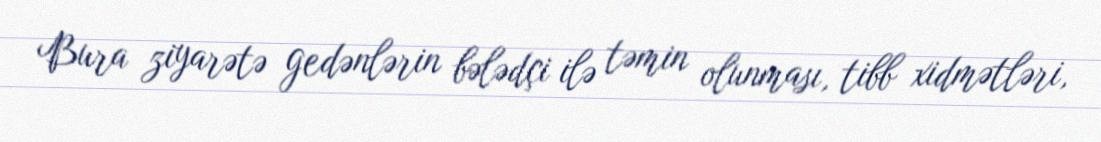
Bura ziyarətə gedənlərin bələdçi ilə təmin olunması, tibb xidmətləri,